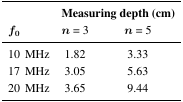
<table><thead><tr><td></td><td colspan="2"><b>Measuring depth (cm)</b></td></tr><tr><td><b><i>f</i><sub>0</sub></b></td><td><b><i>n</i> = 3</b></td><td><b><i>n</i> = 5</b></td></tr></thead><tbody><tr><td>10 MHz</td><td>1.82</td><td>3.33</td></tr><tr><td>17 MHz</td><td>3.05</td><td>5.63</td></tr><tr><td>20 MHz</td><td>3.65</td><td>9.44</td></tr></tbody></table>